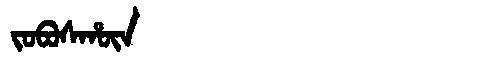
Manchu: ᠵᠣᠪᠣᠰᡥᡡᠨ
Romanization: JOBOSHŪN